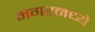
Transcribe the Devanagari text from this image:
नगरमध्ये